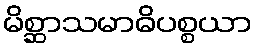
မိစ္ဆာသမာဓိပစ္စယာ